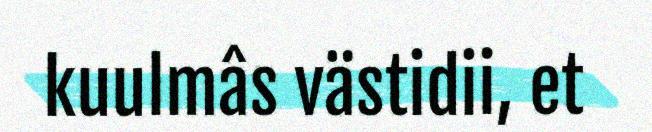
kuulmâs västidii, et